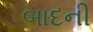
બાદની